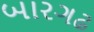
બારગઢ